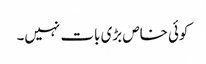
کوئی خاص بڑی بات نہیں۔